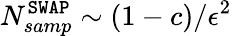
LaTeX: N_{samp}^{\mathtt{SWAP}}\sim(1-c)/\epsilon^{2}